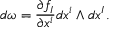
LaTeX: d { \omega } = { \frac { \partial f _ { I } } { \partial x ^ { i } } } d x ^ { i } \wedge d x ^ { I } .